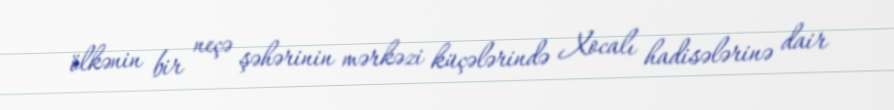
ölkənin bir neçə şəhərinin mərkəzi küçələrində Xocalı hadisələrinə dair